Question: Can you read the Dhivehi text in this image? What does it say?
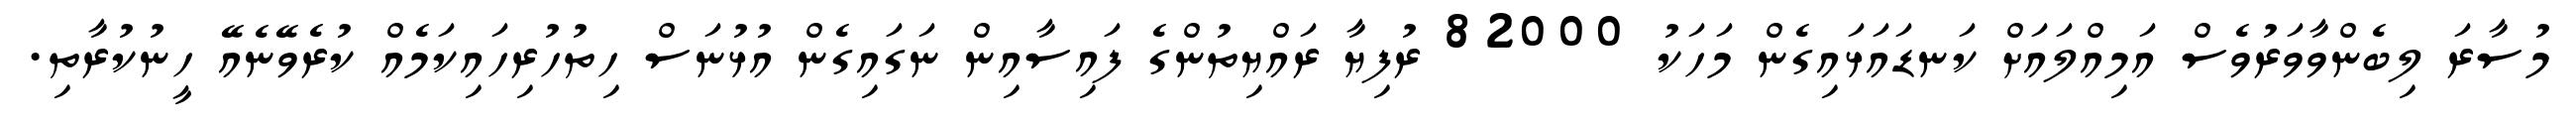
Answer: މުސާރަ ލިބެންވާވަރުވެސް އަމިއްލައަށް ކަނޑައަޅައިގެން މަހަކު 82000 ރުފިޔާ ރައްޔިތުންގެ ފައިސާއިން ނަގައިގެން އުޅުނަސް ހިތުހުރިހައިކަމެއް ކުރެވޭނެއޭ ހީނުކުރާތި.